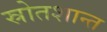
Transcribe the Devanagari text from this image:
स्रोतशान्त